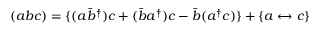
( a b c ) = \{ ( a \bar { b } ^ { \dagger } ) c + ( \bar { b } a ^ { \dagger } ) c - \bar { b } ( a ^ { \dagger } c ) \} + \{ a \leftrightarrow c \}